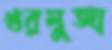
খরমুজা